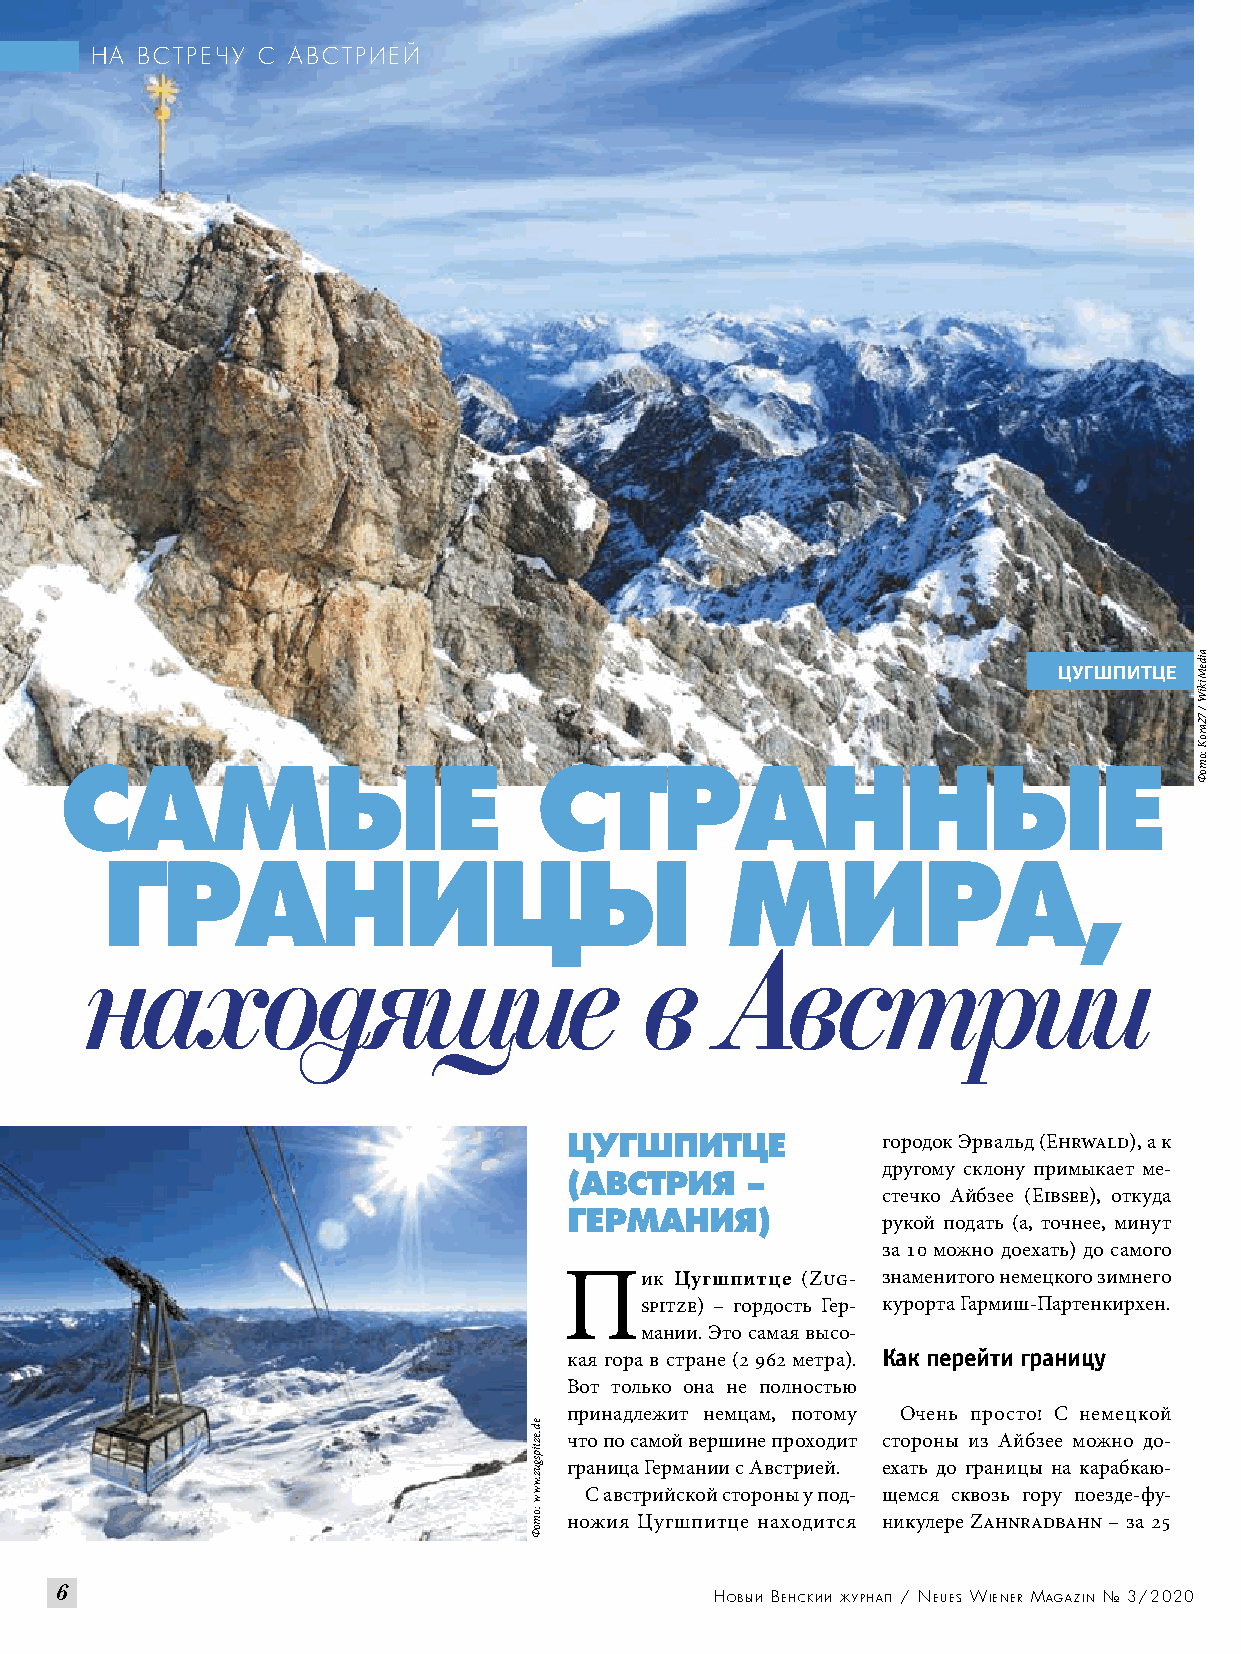
НА ВСТРЕЧУ С АВСТРИЕЙ
 ЦУГШПИТЦЕ
 САМЫЕ                          СТРАННЫЕ
 ГРАНИЦЫ                                  МИРА,
 находящие                            в    Австрии
 ЦУГШПИТЦЕ           городок Эрвальд (Ehrwald), а к
 другому склону примыкает ме-
 (АВСТРИЯ   –
 стечко Айбзее (Eibsee), откуда
 ГЕРМАНИЯ)
 рукой подать (а, точнее, минут
 за 10 можно доехать) до самого
 Пик     Цугшпитце (Zug- знаменитого немецкого зимнего
 spitze) – гордость Гер- курорта Гармиш-Партенкирхен.
 мании. Это самая высо-
 кая гора в стране (2 962 метра). Как перейти границу
 Вот только она не полностью
 принадлежит немцам, потому Очень просто! С немецкой
 что по самой вершине проходит стороны из Айбзее можно до-
 граница Германии с Австрией. ехать до границы на карабкаю-
 С австрийской стороны у под- щемся сквозь гору поезде-фу-
 ножия Цугшпитце находится никулере Zahnradbahn – за 25
 66
 Новый веНский журНал / Neues WieNer MagaziN № 3/2020
 ed.eztipsguz.www
 :отоФ
 aideMikiW
 /
 72aroK
 :отоФ